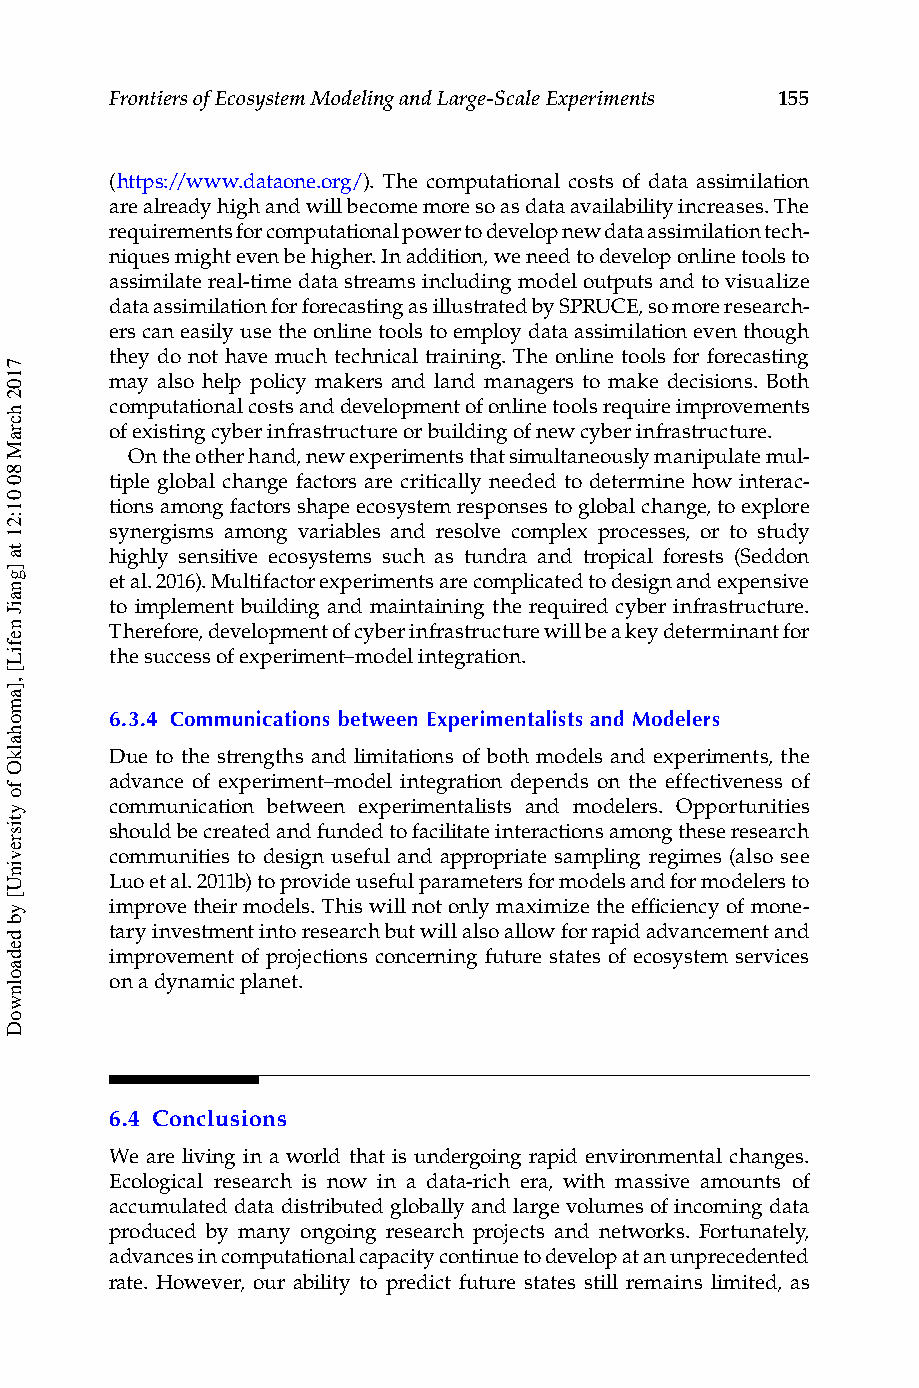
Frontiers of Ecosystem Modeling and Large-Scale Experiments 155
 (https://www.dataone.org/). The computational costs of data assimilation
 are already high and will become more so as data availability increases. The
 requirements for computational power to develop new data assimilation tech-
 niques might even be higher. In addition, we need to develop online tools to
 assimilate real-time data streams including model outputs and to visualize
 data assimilation for forecasting as illustrated by SPRUCE, so more research-
 ers can easily use the online tools to employ data assimilation even though
 they do not have much technical training. The online tools for forecasting
 may also help policy makers and land managers to make decisions. Both
 computational costs and development of online tools require improvements
 of existing cyber infrastructure or building of new cyber infrastructure.
 On the other hand, new experiments that simultaneously manipulate mul-
 tiple global change factors are critically needed to determine how interac-
 tions among factors shape ecosystem responses to global change, to explore
 synergisms among variables and resolve complex processes, or to study
 highly sensitive ecosystems such as tundra and tropical forests (Seddon
 et al. 2016). Multifactor experiments are complicated to design and expensive
 to implement building and maintaining the required cyber infrastructure.
 Therefore, development of cyber infrastructure will be a key determinant for
 the success of experiment–model integration.
 6.3.4 Communications between Experimentalists and Modelers
 Due to the strengths and limitations of both models and experiments, the
 advance of experiment–model integration depends on the effectiveness of
 communication between experimentalists and modelers. Opportunities
 should be created and funded to facilitate interactions among these research
 communities to design useful and appropriate sampling regimes (also see
 Luo et al. 2011b) to provide useful parameters for models and for modelers to
 improve their models. This will not only maximize the efficiency of mone-
 tary investment into research but will also allow for rapid advancement and
 improvement of projections concerning future states of ecosystem services
 on a dynamic planet.
 6.4 C onclusions
 We are living in a world that is undergoing rapid environmental changes.
 Ecological research is now in a data-rich era, with massive amounts of
 accumulated data distributed globally and large volumes of incoming data
 produced by many ongoing research projects and networks. Fortunately,
 advances in computational capacity continue to develop at an unprecedented
 rate. However, our ability to predict future states still remains limited, as
 7102
 hcraM
 80
 01:21
 ta
 ]gnaiJ
 nefiL[
 ,]amohalkO
 fo
 ytisrevinU[
 yb
 dedaolnwoD